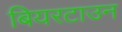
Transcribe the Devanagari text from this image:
बियरटाउन